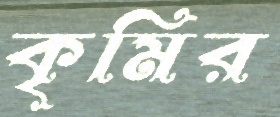
কৃমির